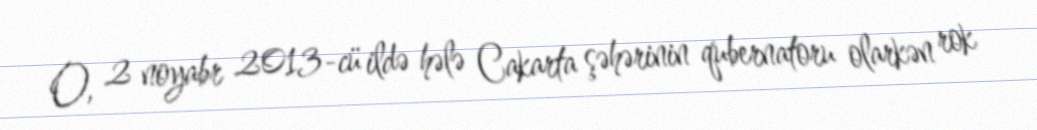
O, 2 noyabr 2013-cü ildə hələ Cakarta şəhərinin qubernatoru olarkən rok